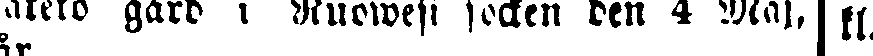
ntets gård i Ruowesi socken den 4 Maj. | kl.